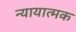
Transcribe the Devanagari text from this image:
न्यायात्मक